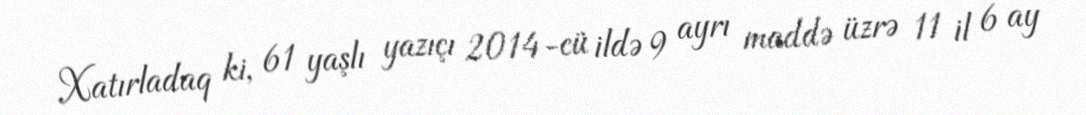
Xatırladaq ki, 61 yaşlı yazıçı 2014-cü ildə 9 ayrı maddə üzrə 11 il 6 ay